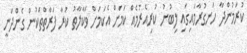
ކުރަމުންދާ ހަނގުރާމައިގައި ލިބުނު ކުރިއެރުމެއް ކަމަށް އެކަމަށް ވަކާލާތު ކުރާ ފަރާތްތަކުން ގެންދަނީ